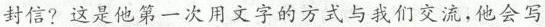
封信？这是他第一次用文字的方式与我们交流，他会写